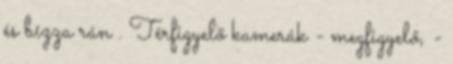
és bízza rán . Térfigyelő kamerák - megfigyelő, -